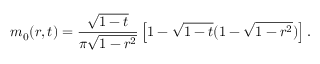
m _ { 0 } ( r , t ) = \frac { \sqrt { 1 - t } } { \pi \sqrt { 1 - r ^ { 2 } } } \left[ 1 - \sqrt { 1 - t } ( 1 - \sqrt { 1 - r ^ { 2 } } ) \right] .